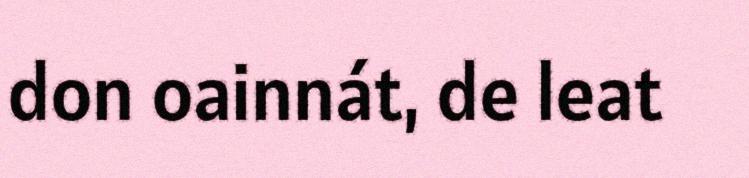
don oainnát, de leat